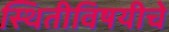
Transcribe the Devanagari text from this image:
स्थितीविषयीचे